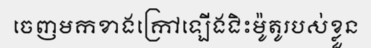
ចេញមកខាងក្រៅឡើងជិះម៉ូតូរបស់ខ្លួន